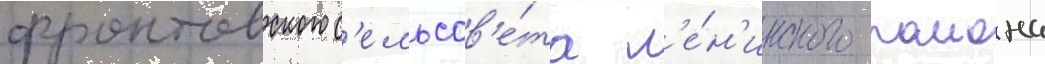
фронтовского с'ельсов'е́та л'е́н'инского раиона